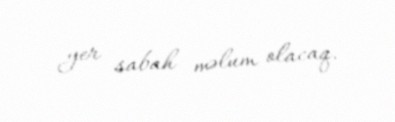
yer sabah məlum olacaq.